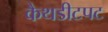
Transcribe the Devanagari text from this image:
कैथडीटपट